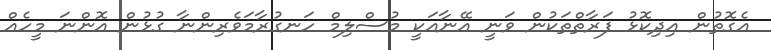
އެގޮތުން އިދިކޮޅު ފަރާތްތަކުން ވަނީ އޭނާއަކީ މުސްލިމް ހަނގުރާމަވެރިންނާ ގުޅުން އޮންނަ މީހެއް